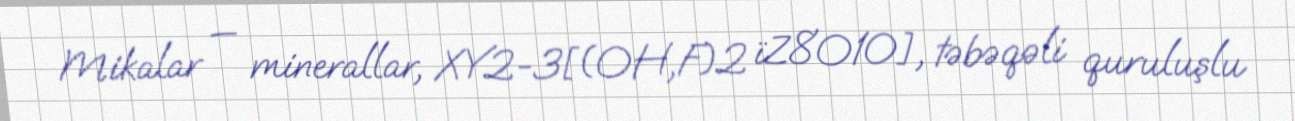
Mikalar — minerallar, XY2-3[(OH,F)2 ïZ8O10], təbəqəli quruluşlu